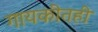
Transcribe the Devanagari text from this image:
गायकीतही